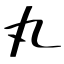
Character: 丸